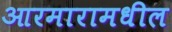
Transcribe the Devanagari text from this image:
आरमारामधील